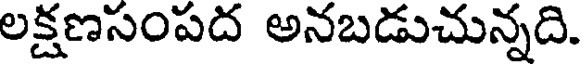
లక్షణసంపద అనబడుచున్నది.